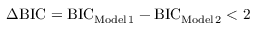
\Delta \mathrm { B I C } = \mathrm { B I C } _ { \mathrm { M o d e l \, 1 } } - \mathrm { B I C } _ { \mathrm { M o d e l \, 2 } } < 2